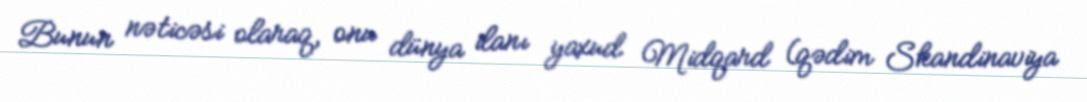
Bunun nəticəsi olaraq, onu dünya ilanı yaxud Midqard (qədim Skandinaviya